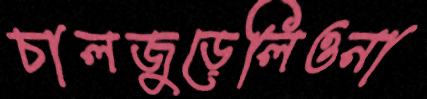
চালজুড়েলিওনা